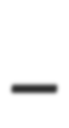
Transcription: –